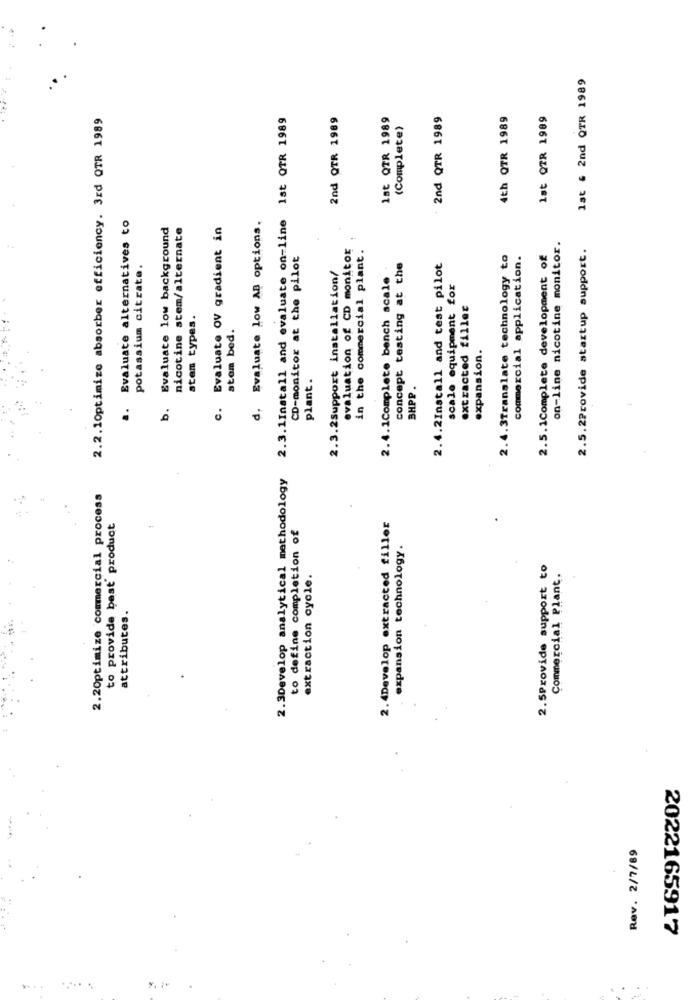
lat & 2nd QTR 1989
2.2.10ptimize absorber efficiency. 3rd QTR 1989
2.3.1Install and evaluate on-line 1st QTR 1989
2nd QTR 1989
1st QTR 1989
2nd QTR 1989
4th QTR 1989
lat QZR 1989
(Complete)
Evaluate alternatives to
Evaluate low background
nicotine stem/alternate
Evaluate OV gradient in
Evaluate low AB options.
evaluation of CD monitor
in the commercial plant.
on-line nicotine monitor.
2.5.2Provide startup support.
CD-monitor at the pilot
to
commercial application.
2.5.1Complete development of
potassium citrate.
2.4.1Complete bench scale .
concept testing at the
2.4.2Install and test pilot
2.3.2Support installation/
2.4.3Translate technology
scale equipment for
extracted filles
stem types.
stem bed.
expansion.
plant.
BHPP.
a.
b.
c.
d.
2.3Develop analytical methodology
2.20ptimize commercial process
to provide best' product
2.4Develop extracted filler
to define completion of
expansion technology.
2.5Provide support to
extraction cycle.
Commercial Plant.
attributes.
Rev. 2/7/89
2022165917